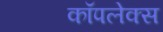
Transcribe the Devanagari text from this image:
कॉपलेक्स